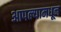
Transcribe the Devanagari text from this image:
आपल्यामधून